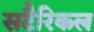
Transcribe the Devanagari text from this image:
सटैरिकल